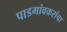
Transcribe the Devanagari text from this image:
पाडगांवकरांचा